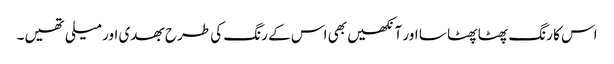
اس کا رنگ پھٹا پھٹا سا اور آنکھیں بھی اس کے رنگ کی طرح بھدی اور میلی تھیں۔